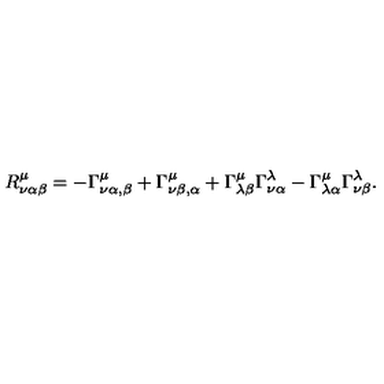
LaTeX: R _ { \nu \alpha \beta } ^ { \mu } = - \Gamma _ { \nu \alpha , \beta } ^ { \mu } + \Gamma _ { \nu \beta , \alpha } ^ { \mu } + \Gamma _ { \lambda \beta } ^ { \mu } \Gamma _ { \nu \alpha } ^ { \lambda } - \Gamma _ { \lambda \alpha } ^ { \mu } \Gamma _ { \nu \beta } ^ { \lambda } .